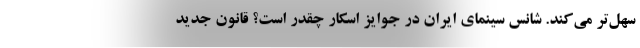
سهل‌تر می‌کند. شانس سینمای ایران در جوایز اسکار چقدر است؟ قانون جدید